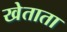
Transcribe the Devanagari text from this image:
खेताता